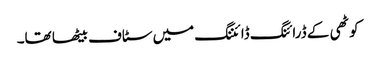
کوٹھی کے ڈرائنگ ڈائننگ میں سٹاف بیٹھا تھا۔